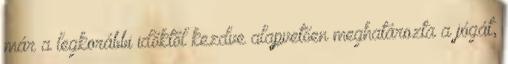
már a legkorábbi időktől kezdve alapvetően meghatározta a jógát,